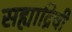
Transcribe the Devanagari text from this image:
सह्याद्रिची